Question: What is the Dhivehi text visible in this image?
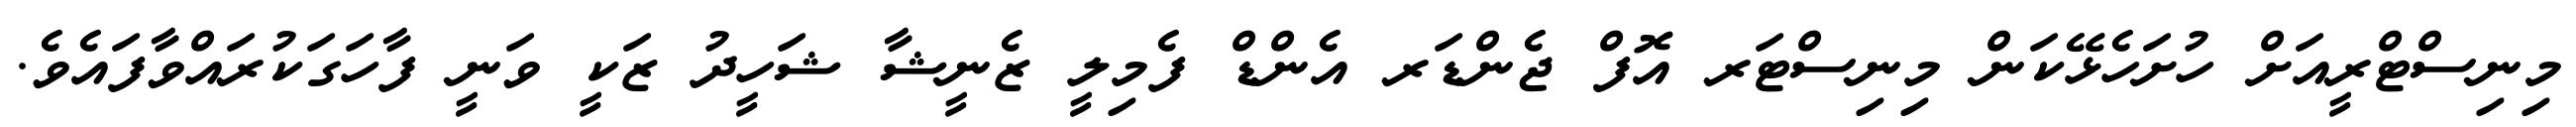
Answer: މިނިސްޓްރީއަށް ހުށަހެޅޭކަން މިނިސްޓަރ އޮފް ޖެންޑަރ އެންޑް ފެމިލީ ޒެނީޝާ ޝަހީދު ޒަކީ ވަނީ ފާހަގަކުރައްވާފައެވެ.